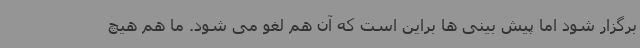
برگزار شود اما پیش بینی ها براین است که آن هم لغو می شود. ما هم هیچ